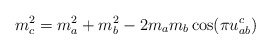
\begin{align*}m_c^2=m_a^2+m_b^2-2m_am_b\cos(\pi u^c_{ab})\end{align*}